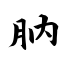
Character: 肭